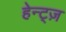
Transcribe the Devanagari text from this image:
हेन्ट्ज़